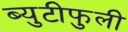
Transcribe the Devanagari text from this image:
ब्युटीफुली